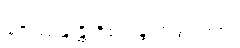
ဇေဿန္တန္တိ ဝိစရန္တံ ဟုဖွင့်ပြပုံ။